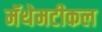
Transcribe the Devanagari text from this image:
मॅथेमटीकल